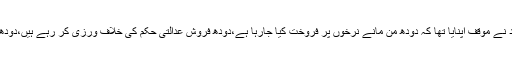
توہین عدالت کی دائر درخواست میں عمران شہزاد نے موقف اپنایا تھا کہ دودھ من مانے نرخوں پر فروخت کیا جارہا ہے،دودھ فروش عدالتی حکم کی خلاف ورزی کر رہے ہیں،دودھ فروش اب بھی انتہائی مہنگا دودھ بیچ رہے ہیں۔